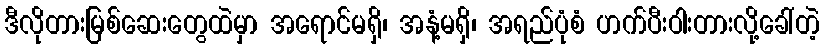
ဒီလိုတားမြစ်ဆေးတွေထဲမှာ အရောင်မရှိ၊ အနံ့မရှိ၊ အရည်ပုံစံ ဟက်ပီးဝါးတားလို့ခေါ်တဲ့